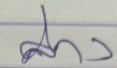
ล่าง